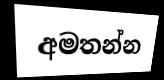
අමතන්න